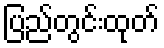
ပြည်တွင်းထုတ်